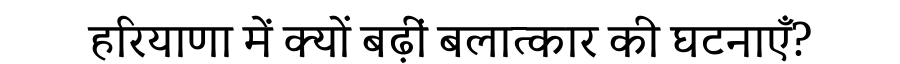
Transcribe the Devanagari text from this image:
हरियाणा में क्यों बढ़ीं बलात्कार की घटनाएँ?